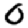
Digit: 0